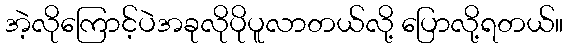
အဲ့လိုကြောင့်ပဲအခုလိုပိုပူလာတယ်လို့ ပြောလို့ရတယ်။